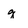
Character: g